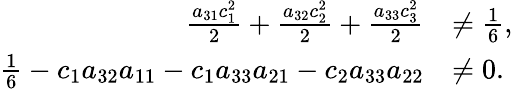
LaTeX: \begin{array}{rl}{\frac{a_{31}c_{1}^{2}}{2}+\frac{a_{32}c_{2}^{2}}{2}+\frac{a_{33}c_{3}^{2}}{2}}&{\ne\frac{1}{6},}\\ {\frac{1}{6}-c_{1}a_{32}a_{11}-c_{1}a_{33}a_{21}-c_{2}a_{33}a_{22}}&{\ne 0.}\end{array}